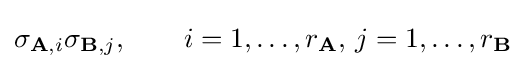
\sigma _{\mathbf {A} ,i}\sigma _{\mathbf {B} ,j},\qquad i=1,\ldots ,r_{\mathbf {A} },\,j=1,\ldots ,r_{\mathbf {B} }